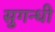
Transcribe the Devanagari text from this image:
सुगन्धी